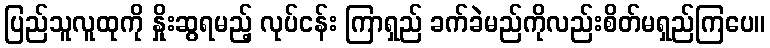
ပြည်သူလူထုကို နှိုးဆွရမည့် လုပ်ငန်း ကြာရှည် ခက်ခဲမည်ကိုလည်းစိတ်မရှည်ကြပေ။